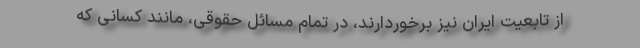
از تابعیت ایران نیز برخوردارند، در تمام مسائل حقوقی، مانند کسانی که